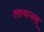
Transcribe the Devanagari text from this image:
लायानल्